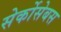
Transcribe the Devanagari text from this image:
सेर्कोसेबस